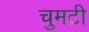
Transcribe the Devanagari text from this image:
चुमटी